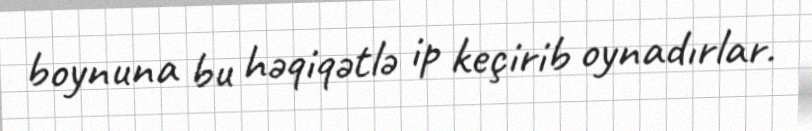
boynuna bu həqiqətlə ip keçirib oynadırlar.